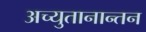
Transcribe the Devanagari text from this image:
अच्युतानान्तन